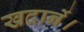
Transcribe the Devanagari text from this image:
खदानें।